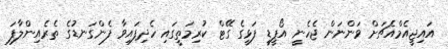
އައިޖީއެމްއެޗަށް ވަންނަން ޖެހެނީ އޯޕީޑީ ފަޅީގެ ގޭޓް ކުރިމަތީގައި ހެދިފައިވާ ފެންގަނޑުގެ ތެރެއިންލާފަ